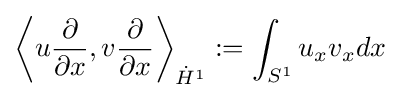
\left\langle u{\frac {\partial }{\partial x}},v{\frac {\partial }{\partial x}}\right\rangle _{{\dot {H}}^{1}}:=\int _{S^{1}}u_{x}v_{x}dx